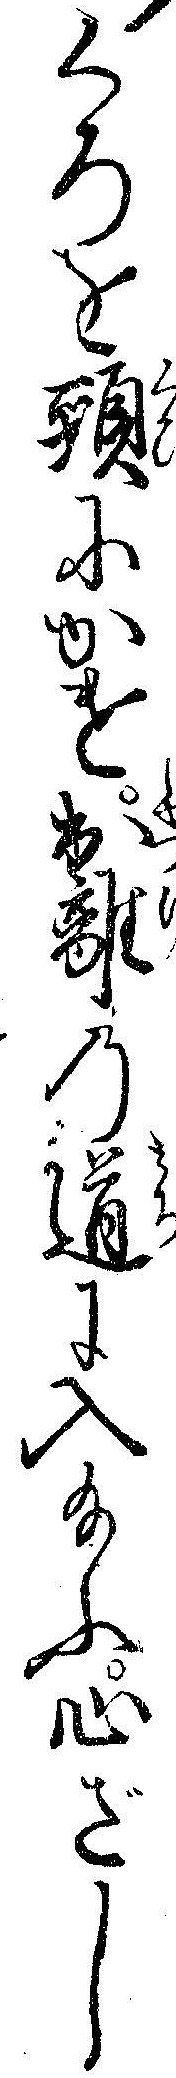
くろを頸にかけ出離の道に入給ふ心ざし